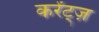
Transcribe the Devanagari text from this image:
करेंट्ज़